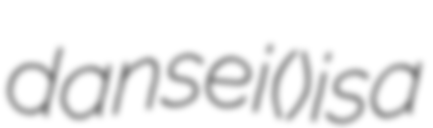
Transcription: dansei (素晴しき男性) is a